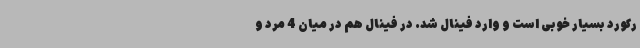
رکورد بسیار خوبی است و وارد فینال شد. در فینال هم در میان 4 مرد و